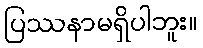
ပြဿနာမရှိပါဘူး။